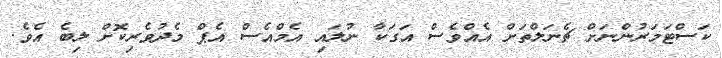
ކަސްޓަމަރުންނަށް ޗެނަލްތަށް އެއްވެސް އަގަކާ ނުލައި އެމްއެސް އެޕް މެދުވެރިކޮށް ލިބެ އެވެ.